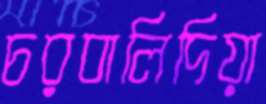
চরবালিদিয়া